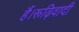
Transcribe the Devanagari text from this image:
हैं।रूढ़िवादी